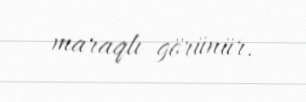
maraqlı görünür.